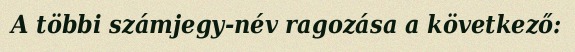
A többi számjegy-név ragozása a következő: